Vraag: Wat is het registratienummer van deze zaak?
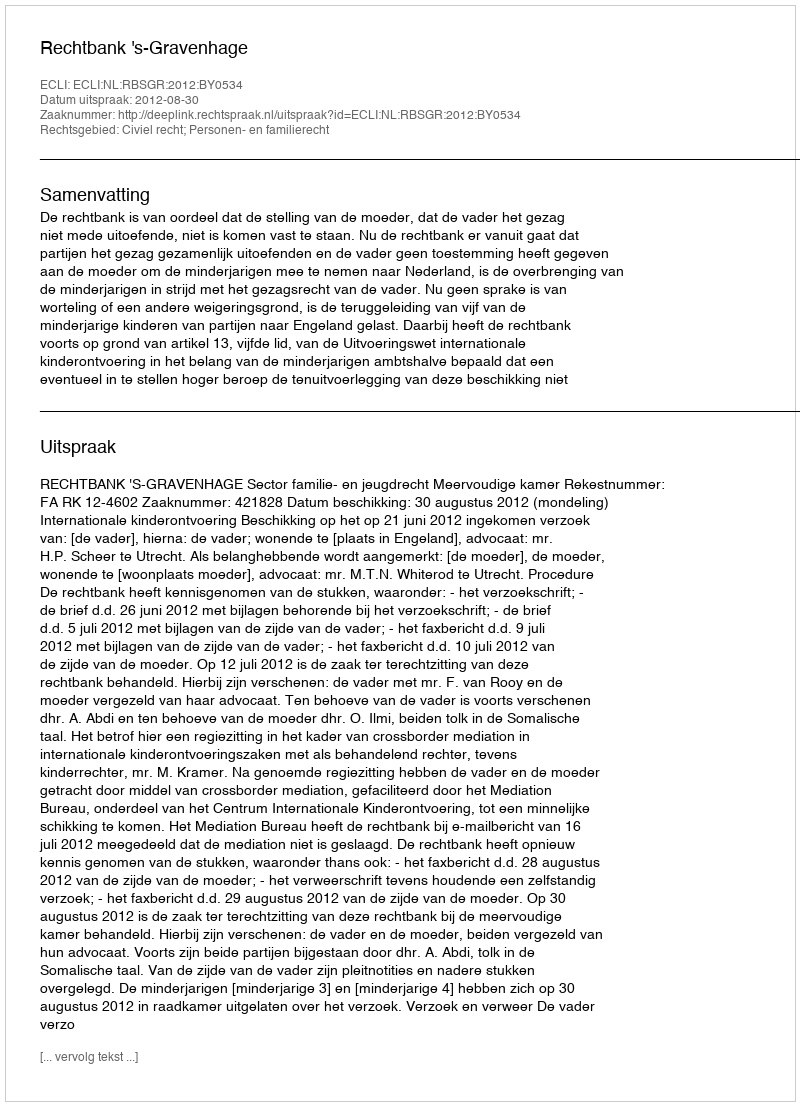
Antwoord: http://deeplink.rechtspraak.nl/uitspraak?id=ECLI:NL:RBSGR:2012:BY0534